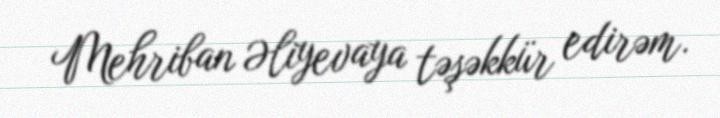
Mehriban Əliyevaya təşəkkür edirəm.